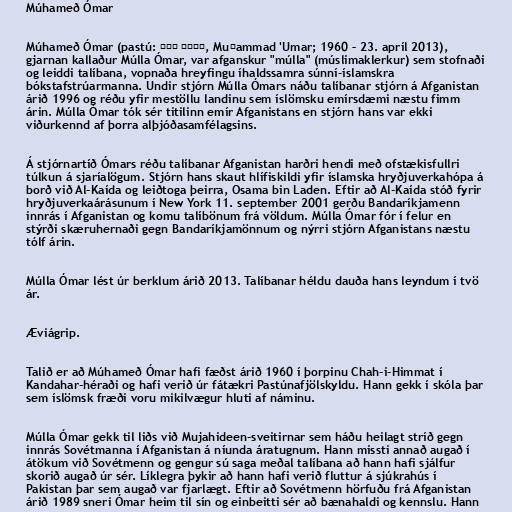
Múhameð Ómar

Múhameð Ómar (pastú: محمد عمر‎, Muḥammad 'Umar; 1960 – 23. apríl 2013),
gjarnan kallaður Múlla Ómar, var afganskur "múlla" (múslimaklerkur) sem stofnaði
og leiddi talíbana, vopnaða hreyfingu íhaldssamra súnní-íslamskra
bókstafstrúarmanna. Undir stjórn Múlla Ómars náðu talíbanar stjórn á Afganistan
árið 1996 og réðu yfir mestöllu landinu sem íslömsku emírsdæmi næstu fimm
árin. Múlla Ómar tók sér titilinn emír Afganistans en stjórn hans var ekki
viðurkennd af þorra alþjóðasamfélagsins.

Á stjórnartíð Ómars réðu talíbanar Afganistan harðri hendi með ofstækisfullri
túlkun á sjaríalögum. Stjórn hans skaut hlífiskildi yfir íslamska hryðjuverkahópa á
borð við Al-Kaída og leiðtoga þeirra, Osama bin Laden. Eftir að Al-Kaída stóð fyrir
hryðjuverkaárásunum í New York 11. september 2001 gerðu Bandaríkjamenn
innrás í Afganistan og komu talíbönum frá völdum. Múlla Ómar fór í felur en
stýrði skæruhernaði gegn Bandaríkjamönnum og nýrri stjórn Afganistans næstu
tólf árin.

Múlla Ómar lést úr berklum árið 2013. Talíbanar héldu dauða hans leyndum í tvö
ár.

Æviágrip.

Talið er að Múhameð Ómar hafi fæðst árið 1960 í þorpinu Chah-i-Himm­at í
Kandahar-héraði og hafi verið úr fátækri Pastúnafjölskyldu. Hann gekk í skóla þar
sem íslömsk fræði voru mikilvægur hluti af náminu.

Múlla Ómar gekk til liðs við Mujahideen-sveitirnar sem háðu heilagt stríð gegn
innrás Sovétmanna í Afganistan á níunda áratugnum. Hann missti annað augað í
átökum við Sovétmenn og gengur sú saga meðal talíbana að hann hafi sjálfur
skorið augað úr sér. Líklegra þykir að hann hafi verið fluttur á sjúkrahús í
Pakistan þar sem augað var fjarlægt. Eftir að Sovétmenn hörfuðu frá Afganistan
árið 1989 sneri Ómar heim til sín og einbeitti sér að bænahaldi og kennslu. Hann